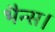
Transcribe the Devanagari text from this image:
भैन्स।